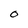
Character: O